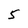
Character: 5